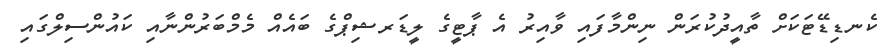
ކެނޑިޑޭޓަކަށް ތާއީދުކުރަން ނިންމާފައި ވާއިރު އެ ޕާޓީގެ ލީޑަރޝިޕްގެ ބައެއް މެމްބަރުންނާއި ކައުންސިލްގައި